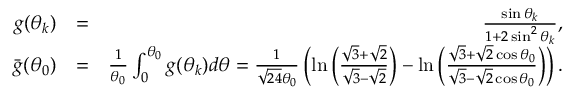
\begin{array} { r l r } { g ( \theta _ { k } ) } & { = } & { \frac { \sin \theta _ { k } } { 1 + 2 \sin ^ { 2 } \theta _ { k } } , } \\ { \bar { g } ( \theta _ { 0 } ) } & { = } & { \frac { 1 } { \theta _ { 0 } } \int _ { 0 } ^ { \theta _ { 0 } } g ( \theta _ { k } ) d \theta = \frac { 1 } { \sqrt { 2 4 } \theta _ { 0 } } \left( \ln \left( \frac { \sqrt { 3 } + \sqrt { 2 } } { \sqrt { 3 } - \sqrt { 2 } } \right) - \ln \left( \frac { \sqrt { 3 } + \sqrt { 2 } \cos \theta _ { 0 } } { \sqrt { 3 } - \sqrt { 2 } \cos \theta _ { 0 } } \right) \right) . } \end{array}